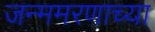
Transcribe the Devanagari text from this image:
जन्ममरणाच्या